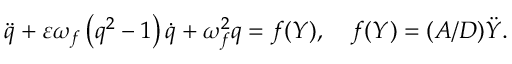
\ddot { q } + \varepsilon { \omega _ { f } } \left( { { q ^ { 2 } } - 1 } \right) \dot { q } + \omega _ { f } ^ { 2 } q = f ( Y ) , \quad f ( Y ) = ( A / D ) \ddot { Y } .